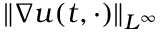
\| \nabla u ( t , \cdot ) \| _ { L ^ { \infty } }